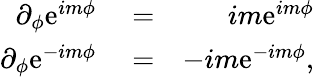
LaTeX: \begin{array}{rlr}{\partial_{\phi}\mathrm{e}^{im\phi}}&{{}=}&{im\mathrm{e}^{im\phi}}\\ {\partial_{\phi}\mathrm{e}^{-im\phi}}&{{}=}&{-im\mathrm{e}^{-im\phi},}\end{array}